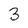
Character: 3